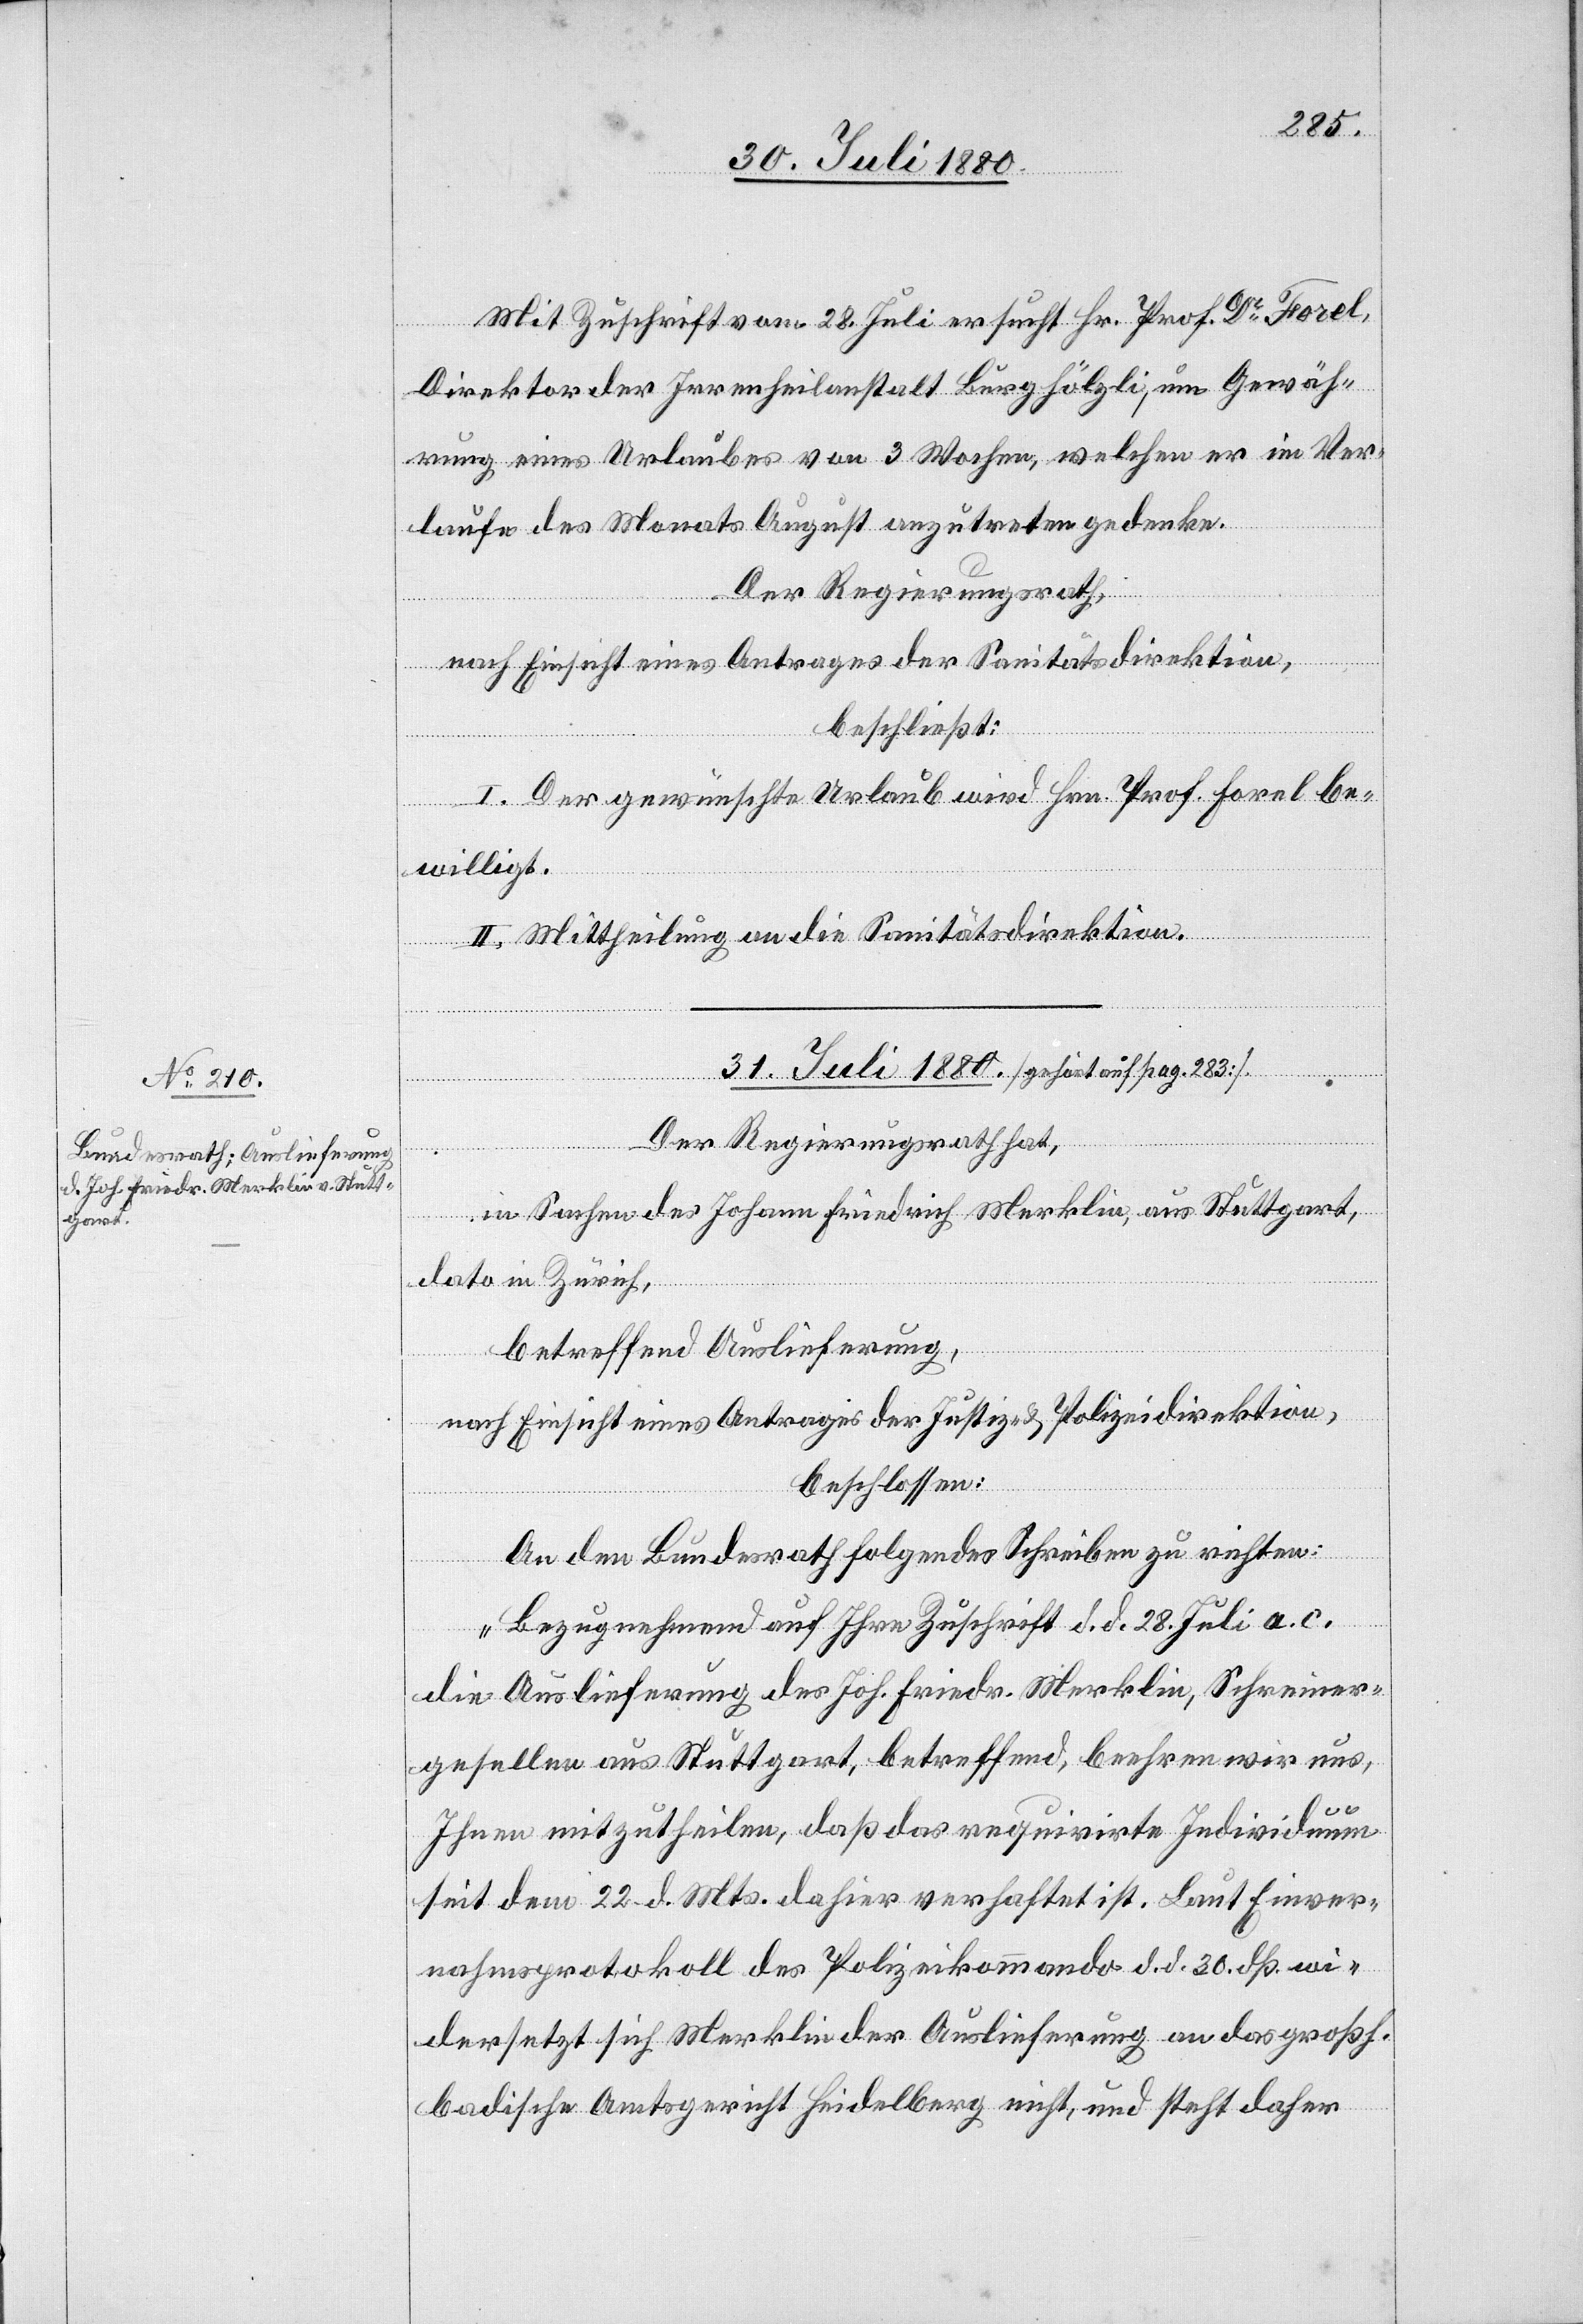
Mit Zuschrift vom 28. Juli ersucht Hr. Prof. Dr Forel,
Direktor der Irrenheilanstalt Burghölzli, um Gewäh¬
rung eines Urlaubes von 3 Wochen, welche er im Ver¬
laufe des Monats August anzutreten gedenke.
Der Regierungsrath,
nach Einsicht eines Antrages der Sanitätsdirektion,
beschließt:
I. Der gewünschte Urlaub wird Hrn. Prof. Forel be¬
willigt.
II. Mittheilung an die Sanitätsdirektion.
31. Juli 1880. [gehört auf pag. 283]
Der Regierungsrath hat,
in Sachen des Johann Friedrich Merklin, aus Stuttgart,
dato in Zürich,
betreffend Auslieferung,
nach Einsicht eines Antrages der Justiz- & Polizeidirektion,
beschlossen:
An den Bundsrath folgendes Schreiben zu richten:
„Bezugnehmend auf Ihre Zuschrift d. d. 28. Juli a. c.
die Auslieferung des Joh. Friedr. Merklin, Schreiner¬
gesellen aus Stuttgart, betreffend, beehren wir uns,
Ihnen mitzutheilen, daß das requirirte Individuum
seit dem 22. d. Mts. dahier verhaftet ist. Laut Einver¬
nahmsprotokoll des Polizeikommando d. d. 30.dß. wie¬
dersetzt sich Merklin der Auslieferung an das großh.
badische Amtsgericht Heidelberg nicht, und steht daher,